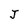
Character: J